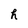
Character: h